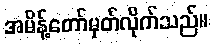
အမိန့်တော်မှတ်လိုက်သည်။